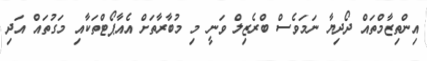
އިންތިޒާމްތައް ދޯދިޔާ ނަމަވެސް ބްރެޒިލް ވަނީ މި މުބާރާތަށް އެއާޕޯޓްތަކާއި މަގުތައް އަދި